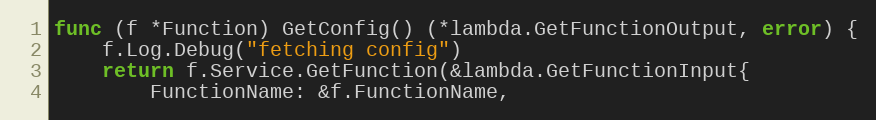
Language: Go
func (f *Function) GetConfig() (*lambda.GetFunctionOutput, error) {
	f.Log.Debug("fetching config")
	return f.Service.GetFunction(&lambda.GetFunctionInput{
		FunctionName: &f.FunctionName,